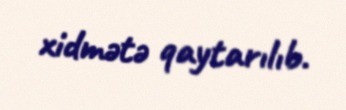
xidmətə qaytarılıb.